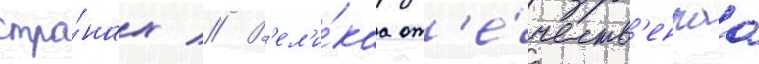
стра́нах // В'ел'и́каа от'е́честв'еннаа